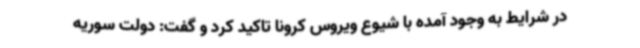
در شرایط به وجود آمده با شیوع ویروس کرونا تاکید کرد و گفت: دولت سوریه